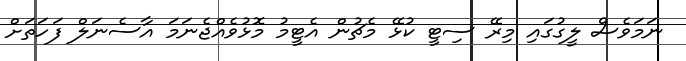
ނަމަވެސް ލީގުގައި މިރޭ ސިޓީ ކުޅޭ މެޗުން އެޓީމު މޮޅުވެއްޖެނަމަ އާސެނަލް ފަހަތަށް